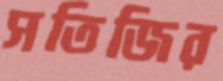
সতিজির